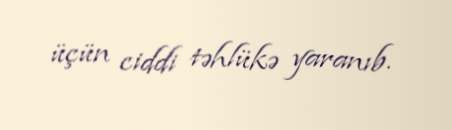
üçün ciddi təhlükə yaranıb.